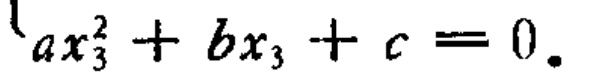
\(ax_{3}^{2}+bx_{3}+c = 0.\)